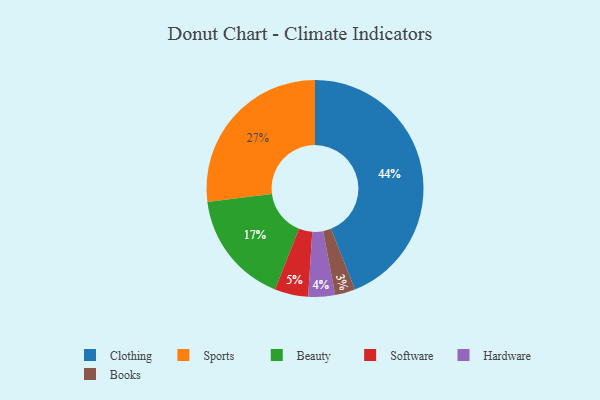
{"axis": {"x": "Category", "y": "Percentage"}, "legend": ["Beauty", "Books", "Clothing", "Hardware", "Software", "Sports"], "data": [{"x": "Software", "y": 5, "type": "Software"}, {"x": "Sports", "y": 27, "type": "Sports"}, {"x": "Clothing", "y": 44, "type": "Clothing"}, {"x": "Beauty", "y": 17, "type": "Beauty"}, {"x": "Books", "y": 3, "type": "Books"}, {"x": "Hardware", "y": 4, "type": "Hardware"}]}